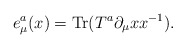
\begin{align*}e^a_\mu(x)= {\rm Tr}(T^a\partial_\mu x x^{-1}).\end{align*}